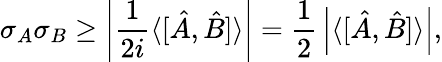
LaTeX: \sigma_{A}\sigma_{B}\geq\left|{\frac{1}{2i}}\langle[{\hat{A}},{\hat{B}}]\rangle\right|={\frac{1}{2}}\left|\langle[{\hat{A}},{\hat{B}}]\rangle\right|,